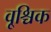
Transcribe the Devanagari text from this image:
वृ्श्चिक